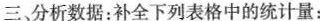
三、分析数据：补全下列表格中的统计量：